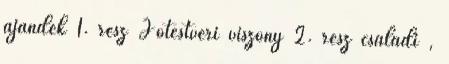
ajándék 1. rész Jótestvéri viszony 2. rész családi ,